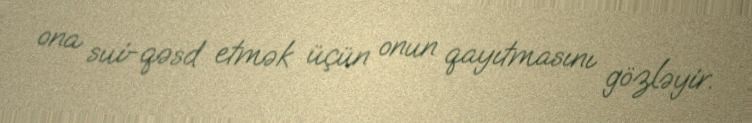
ona sui-qəsd etmək üçün onun qayıtmasını gözləyir.